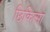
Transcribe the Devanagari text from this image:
छिकित्सा